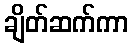
ချိတ်ဆက်ကာ